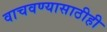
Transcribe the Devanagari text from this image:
वाचवण्यासाठीही